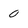
Character: 0